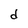
Character: d